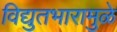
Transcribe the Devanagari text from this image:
विद्युतभारामुळे